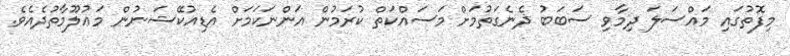
މިފޮތުގައި މައްސަލަ ދިމާވި ސަބަބު ދެނެގަތުމަށް މަސައްކަތް ކުރަމުން އަންނަކަމަށް އެޑިއުކޭޝަނުން މަޢުލޫމާތުދެއެވެ.